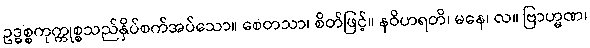
ဥဒ္ဓစ္စကုက္ကုစ္စသည်နှိပ်စက်အပ်သော။ စေတသာ၊ စိတ်ဖြင့်။ နဝိဟရတိ၊ မနေ၊ လ။ ဗြာဟ္မဏ၊